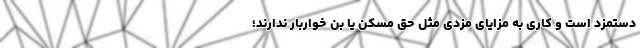
دستمزد است و کاری به مزایای مزدی مثل حق مسکن یا بن خواربار ندارند؛